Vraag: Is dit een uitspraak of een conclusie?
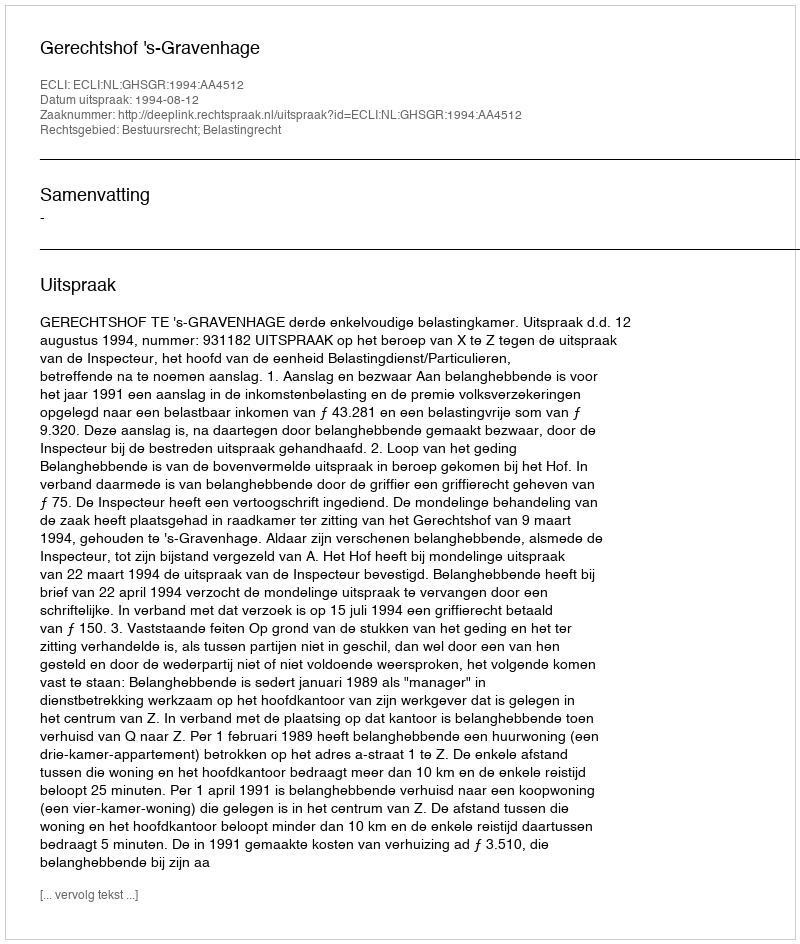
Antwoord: Uitspraak